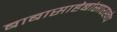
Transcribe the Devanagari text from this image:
बाबासाहेबांसारखेच